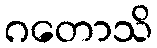
ဂတောသိ